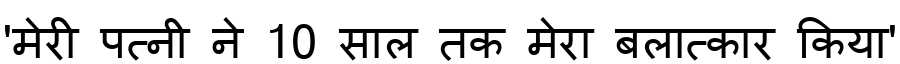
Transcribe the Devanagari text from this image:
'मेरी पत्नी ने 10 साल तक मेरा बलात्कार किया'